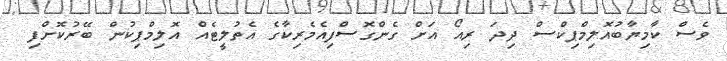
ވެސް ކާމިޔާބުއޮލިމްޕިކްސް ދިދަ ރިއޯ އަށް ގެންގޮސްފިއެމެރިކާގެ އެތުލީޓެއް އޮލިމްޕިކުން ބޭރުކޮށްފި